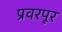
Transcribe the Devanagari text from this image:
प्रवरपूर